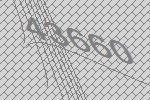
43660